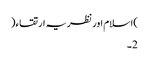
)اسلام اور نظریہ ارتقاء(
2۔